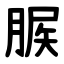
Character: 䐅